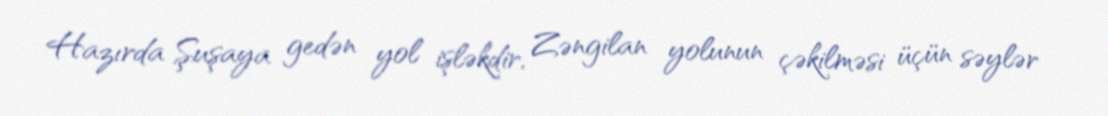
Hazırda Şuşaya gedən yol işləkdir, Zəngilan yolunun çəkilməsi üçün səylər